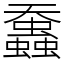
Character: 䘉